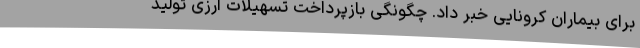
برای بیماران کرونایی خبر داد. چگونگی بازپرداخت تسهیلات ارزی تولید